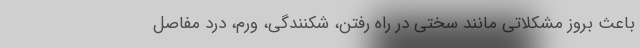
باعث بروز مشکلاتی مانند سختی در راه رفتن، شکنندگی، ورم، درد مفاصل